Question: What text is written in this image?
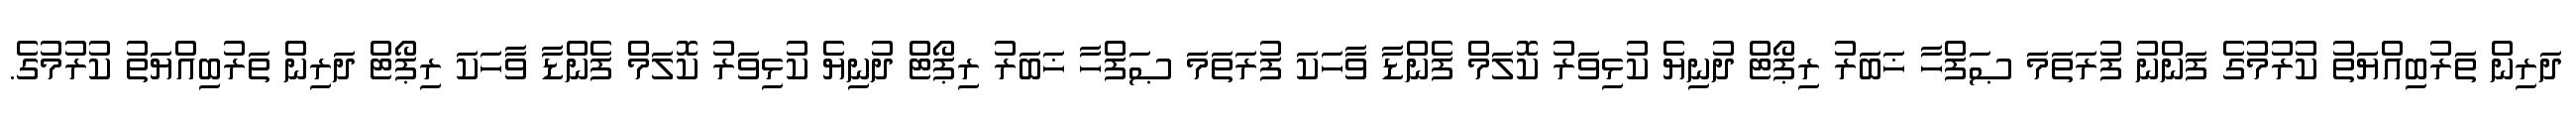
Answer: ދަރިން ތަރުބިއްޔަތު ކުރުމުގެ ފަންނު ފުރަތަމަ ޞަފްހާ ޚަބަރު ރިޕޯޓް ދުނިޔެ ކުޅިވަރު ކޮލަމް ފެންޑާ ވާހަކަ ފުރަތަމަ ޞަފްހާ ޚަބަރު ރިޕޯޓް ދުނިޔެ ކުޅިވަރު ކޮލަމް ފެންޑާ ވާހަކަ ރިޕޯޓް ދަރިން ތަރުބިއްޔަތު ކުރުމުގެ.